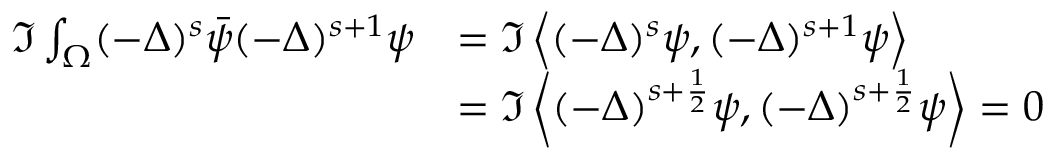
\begin{array} { r l } { \Im \int _ { \Omega } ( - \Delta ) ^ { s } \Bar { \psi } ( - \Delta ) ^ { s + 1 } \psi } & { = \Im \left\langle ( - \Delta ) ^ { s } \psi , ( - \Delta ) ^ { s + 1 } \psi \right\rangle } \\ & { = \Im \left\langle ( - \Delta ) ^ { s + \frac { 1 } { 2 } } \psi , ( - \Delta ) ^ { s + \frac { 1 } { 2 } } \psi \right\rangle = 0 } \end{array}